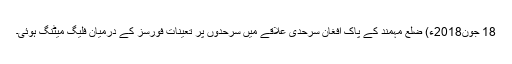
18 جون2018ء) ضلع مہمند کے پاک افغان سرحدی علاقے میں سرحدوں پر تعینات فورسز کے درمیان فلیگ میٹنگ ہوئی۔